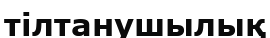
тілтанушылық